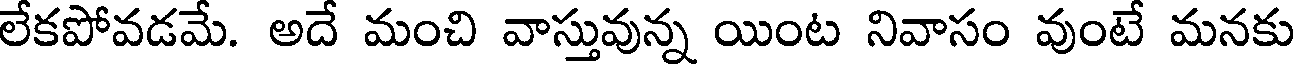
లేకపోవడమే. అదే మంచి వాస్తువున్న యింట నివాసం వుంటే మనకు